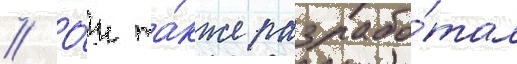
// О́н та́кже разрабо́тал